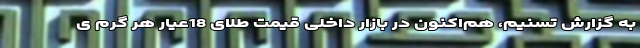
به گزارش تسنیم، هم‌اکنون در بازار داخلی قیمت طلای 18عیار هر گرم ی